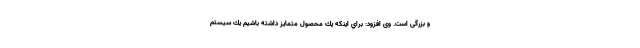
و بزرگی است. وی افزود: براي اينکه يك محصول متمايز داشته باشيم يك سيستم